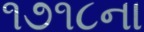
૧૭૧૮ના